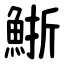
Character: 䱑